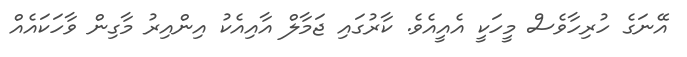
އޭނަގެ ހުރިހާވެސް މީހަކީ އެއީއެވެ. ކާރުގައި ޖަމާލް އާއިއެކު އިންއިރު މާގިން ވާހަކައެއް